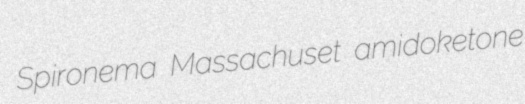
Spironema Massachuset amidoketone